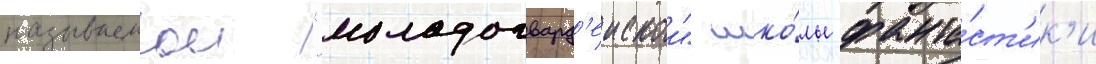
называемои "молодогвард'еискои" шко́лы фанта́ст'ик'и